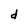
Character: d